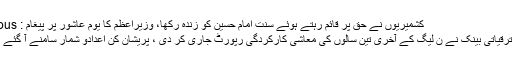
Previous : کشمیریوں نے حق پر قائم رہتے ہوئے سنت امام حسینؓ کو زندہ رکھا، وزیراعظم کا یوم عاشور پر پیغام
Next : ایشیائی ترقیاتی بینک نے ن لیگ کے آخری تین سالوں کی معاشی کارکردگی رپورٹ جاری کر دی ، پریشان کن اعدادو شمار سامنے آ گئے